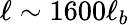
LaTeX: \ell\sim 1600\ell_{b}